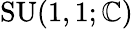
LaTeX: \operatorname{SU}(1,1;\mathbb{C})